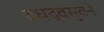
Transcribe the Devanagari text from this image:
दधद्वसुवने